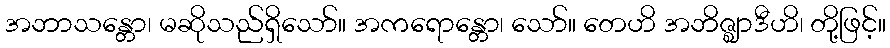
အဘာသန္တော၊ မဆိုသည်ရှိသော်။ အကရောန္တော၊ သော်။ တေဟိ အဘိဇ္ဈာဒီဟိ၊ တို့ဖြင့်။